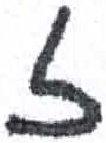
אות: ז